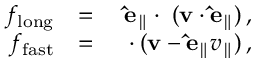
\begin{array} { r l r } { f _ { \mathrm { l o n g } } } & { = } & { \mathbf { \hat { e } _ { \parallel } } \cdot \mathbf { \nabla } ( \mathbf { v } \cdot \mathbf { \hat { e } _ { \parallel } } ) \, , } \\ { f _ { \mathrm { f a s t } } } & { = } & { \mathbf { \nabla } \cdot ( \mathbf { v } - \mathbf { \hat { e } _ { \parallel } } v _ { \parallel } ) \, , } \end{array}